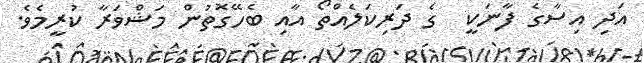
އަދި އިސާގެ ފާނަކީ  ގެ ދަރިކަލެއްތޯ އާއި ބެހޭގޮތުން މަޝްވަރާ ކުރީމެވެ.